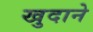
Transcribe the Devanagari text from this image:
खुदाने